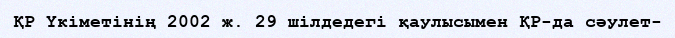
ҚР Үкіметінің 2002 ж. 29 шілдедегі қаулысымен ҚР-да сәулет-